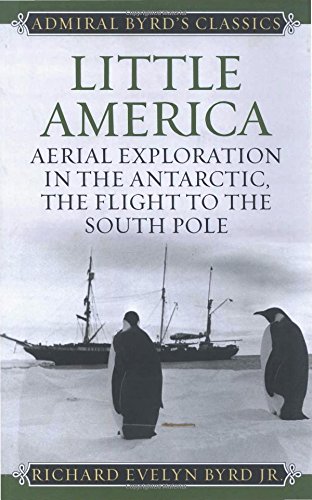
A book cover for Little America: Aerial Exploration in the Antarctic, The Flight to the South Pole (Admiral Byrd Classics); Richard Evelyn, Jr. Byrd; Travel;